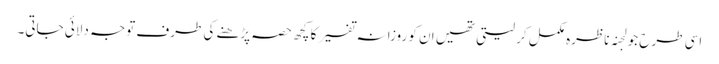
اسی طرح جو لجنہ ناظرہ مکمل کر لیتی تھیں ان کو روزانہ تفسیر کا کچھ حصہ پڑھنے کی طرف توجہ دلائی جاتی۔